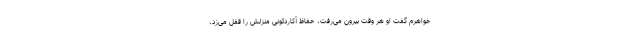
خواهرم گفت او هر وقت بیرون می‌رفت، حفاظ آکاردئونی منزلش را قفل می‌زد،